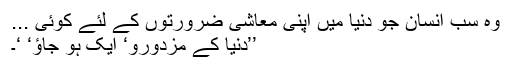
وہ سب انسان جو دنیا میں اپنی معاشی ضرورتوں کے لئے کوئی ...
’’دنیا کے مزدورو‘ ایک ہو جاؤ‘ ‘۔